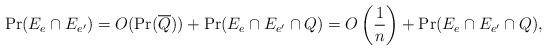
LaTeX: \begin{align*}\Pr(E_e\cap E_{e'})=O(\Pr(\overline{Q}))+\Pr(E_e\cap E_{e'}\cap Q)=O\left(\frac1n\right)+\Pr(E_e\cap E_{e'}\cap Q),\end{align*}